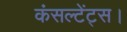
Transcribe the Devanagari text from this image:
कंसल्टेंट्स।